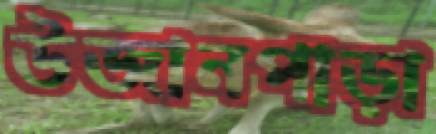
উজানপাড়া